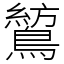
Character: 鶭